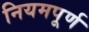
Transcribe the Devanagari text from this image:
नियमपूर्ण